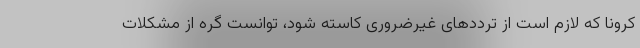
کرونا که لازم است از ترددهای غیرضروری کاسته شود، توانست گره از مشکلات